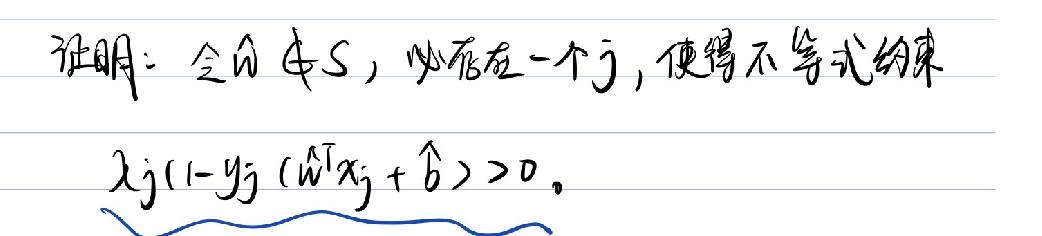
证明：对任意 $\omega \notin S$，必存在一个 $j$，使得不等式约束
$x_j(1-y_j)(\omega^Tx_j+\beta)>0$。